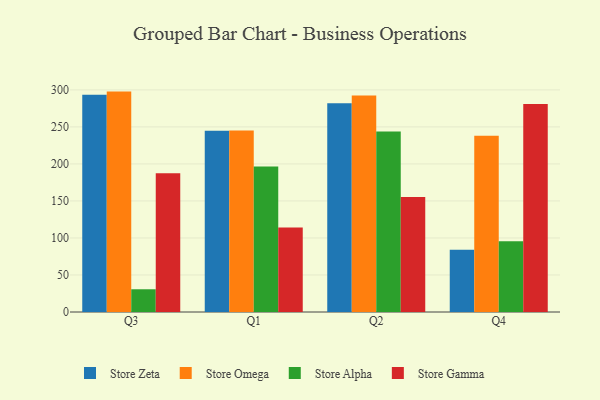
{"axis": {"x": "Quarter", "y": "Population (Million)"}, "legend": ["Store Alpha", "Store Gamma", "Store Omega", "Store Zeta"], "data": [{"x": "Q3", "y": 293.3, "type": "Store Zeta"}, {"x": "Q3", "y": 297.7, "type": "Store Omega"}, {"x": "Q3", "y": 30.7, "type": "Store Alpha"}, {"x": "Q3", "y": 187.5, "type": "Store Gamma"}, {"x": "Q1", "y": 244.9, "type": "Store Zeta"}, {"x": "Q1", "y": 245.3, "type": "Store Omega"}, {"x": "Q1", "y": 196.5, "type": "Store Alpha"}, {"x": "Q1", "y": 114.3, "type": "Store Gamma"}, {"x": "Q2", "y": 281.8, "type": "Store Zeta"}, {"x": "Q2", "y": 292.4, "type": "Store Omega"}, {"x": "Q2", "y": 243.8, "type": "Store Alpha"}, {"x": "Q2", "y": 155.3, "type": "Store Gamma"}, {"x": "Q4", "y": 84.2, "type": "Store Zeta"}, {"x": "Q4", "y": 237.9, "type": "Store Omega"}, {"x": "Q4", "y": 95.4, "type": "Store Alpha"}, {"x": "Q4", "y": 281.0, "type": "Store Gamma"}]}